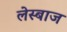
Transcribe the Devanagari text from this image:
लेस्बाज